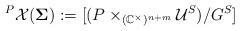
LaTeX: \begin{align*}^{P}\mathcal{X}(\boldsymbol{\Sigma}):=[(P\times _{(\mathbb{C}^{\times})^{n+m}}\mathcal{U}^{S})/G^{S}]\end{align*}